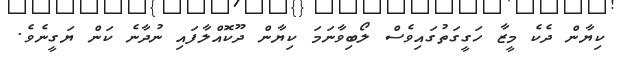
ކިޔާން ދެކެ މީޒާ ހަގީގަތުގައިވެސް ލޯބިވާނަމަ ކިޔާން ދޫކޮއްލާފައި ނުދާނެ ކަން ޔަގީނެވެ.